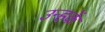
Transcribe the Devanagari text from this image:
उन्हकें